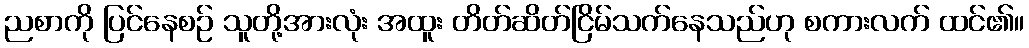
ညစာကို ပြင်နေစဉ် သူတို့အားလုံး အထူး တိတ်ဆိတ်ငြိမ်သက်နေသည်ဟု စကားလက် ထင်၏။